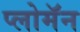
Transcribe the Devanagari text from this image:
प्लोमॅन